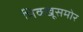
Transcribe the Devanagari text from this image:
भिक्खूसमोर